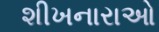
શીખનારાઓ